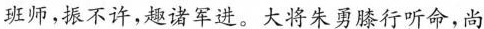
班师，振不许，趣诸军进。大将朱勇膝行听命，尚